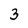
Character: 3